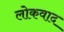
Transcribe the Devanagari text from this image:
लोकवाद